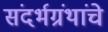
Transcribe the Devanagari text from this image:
संदर्भग्रंथांचे